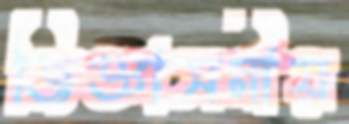
জিজ্ঞাসনীয়